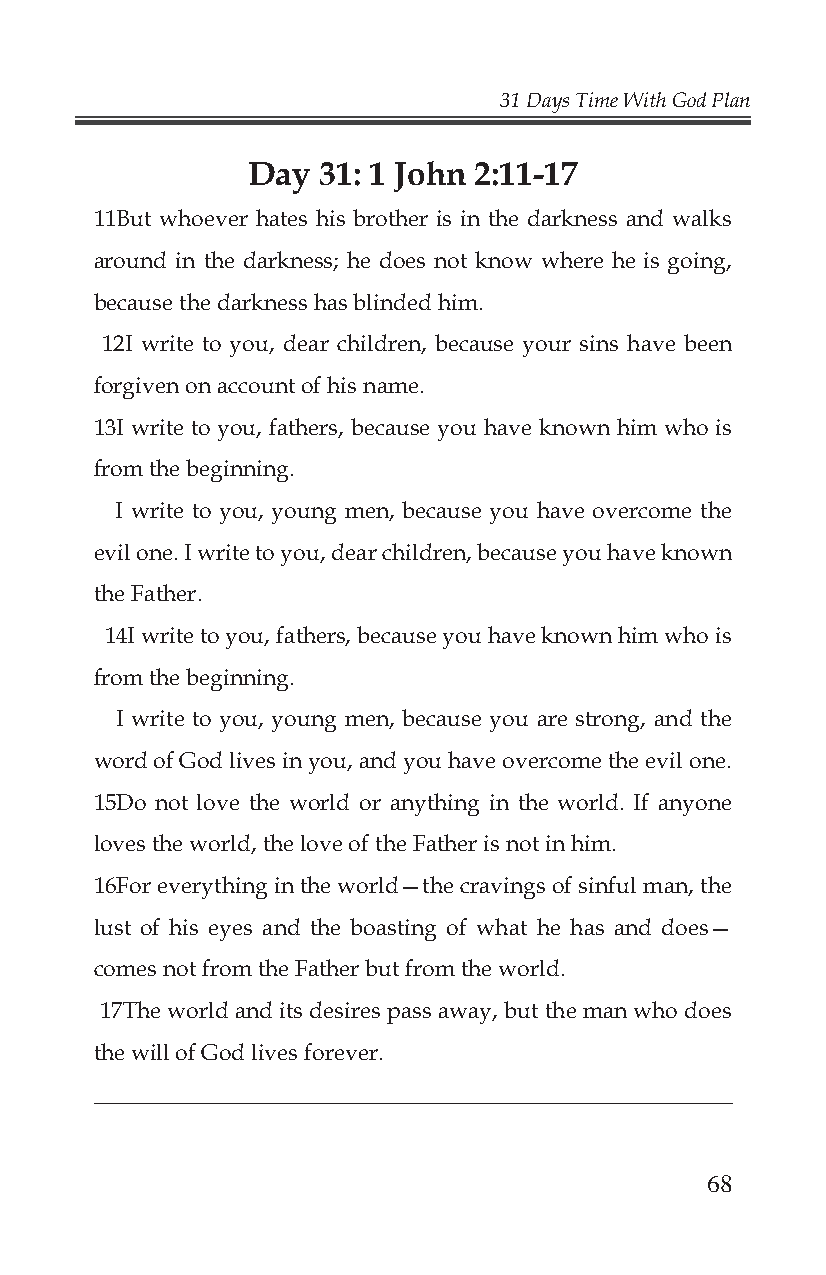
31 Days Time With God Plan
 Day  31: 1 John 2:11-17
 11But whoever hates his brother is in the darkness and walks
 around in the darkness; he does not know where he is going,
 because the darkness has blinded him.
 12I write to you, dear children, because your sins have been
 forgiven on account of his name.
 13I write to you, fathers, because you have known him who is
 from the beginning.
 I write to you, young men, because you have overcome the
 evil one. I write to you, dear children, because you have known
 the Father.
 14I write to you, fathers, because you have known him who is
 from the beginning.
 I write to you, young men, because you are strong, and the
 word of God lives in you, and you have overcome the evil one.
 15Do not love the world or anything in the world. If anyone
 loves the world, the love of the Father is not in him.
 16For everything in the world—the cravings of sinful man, the
 lust of his eyes and the boasting of what he has and does—
 comes not from the Father but from the world.
 17The world and its desires pass away, but the man who does
 the will of God lives forever.
 _______________________________________________________
 68